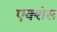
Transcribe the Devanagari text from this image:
एक्शंस